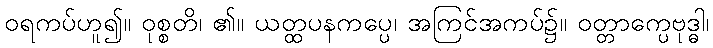
ဝရကပ်ဟူ၍။ ဝုစ္စတိ၊ ၏။ ယတ္ထပနကပ္ပေ၊ အကြင်အကပ်၌။ ဝတ္တာက္ပေဗုဒ္ဓါ၊